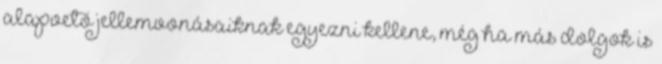
alapvető jellemvonásaiknak egyezni kellene, még ha más dolgok is